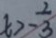
b > - \frac { 2 } { 3 }